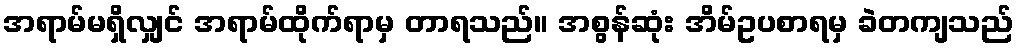
အရာမ်မရှိလျှင် အရာမ်ထိုက်ရာမှ တာရသည်။ အစွန်ဆုံး အိမ်ဥပစာရမှ ခဲတကျသည်